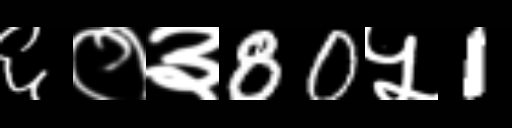
Text: ६०३80५1